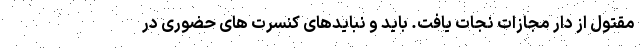
مقتول از دار مجازات نجات یافت. باید و نبایدهای کنسرت های حضوری در